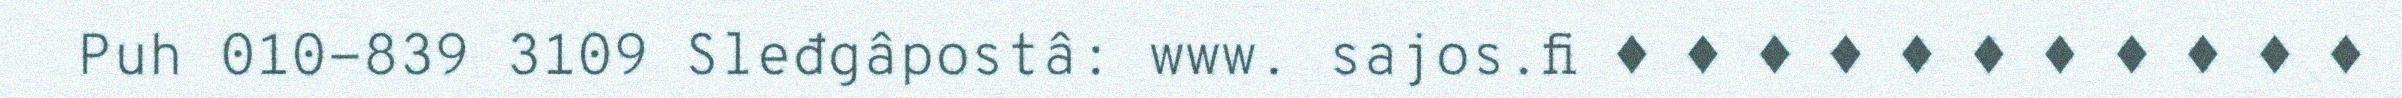
Puh 010-839 3109 Sleđgâpostâ: www. sajos.fi ♦ ♦ ♦ ♦ ♦ ♦ ♦ ♦ ♦ ♦ ♦